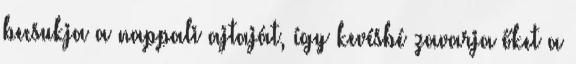
becsukja a nappali ajtaját, így kevésbé zavarja őket a